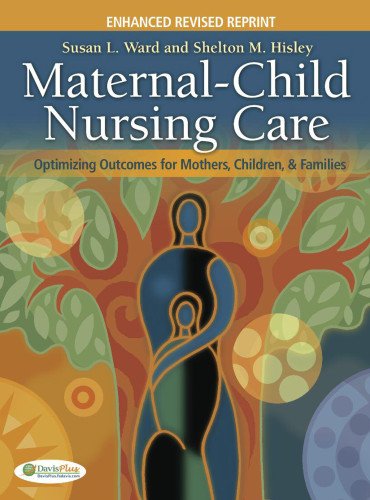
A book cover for Maternal-Child Nursing Care with the Women's Health Companion: Optimizing Outcomes for Mothers, Children and Families, Revised Edition; Susan L. Ward; Medical Books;